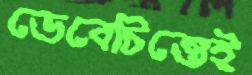
ভেবেচিন্তেই